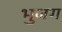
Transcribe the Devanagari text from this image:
भुजग